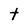
Character: t